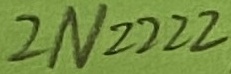
Text: 2N2222